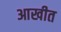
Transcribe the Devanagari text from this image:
आखीत